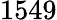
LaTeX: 1549